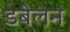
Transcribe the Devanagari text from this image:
डबेलन